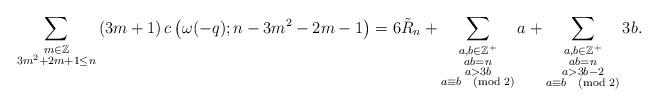
LaTeX: \begin{align*} \sum_{\substack{m\in \mathbb{Z}\\3m^2+2m+1\leq n}}&\left(3m+1\right) c\left(\omega(-q); n-3m^2-2m-1\right) =6\tilde{R}_n+\sum_{\substack{a,b\in\mathbb{Z}^+\\ab=n\\a>3b\\a\equiv b\pmod{2}}} a+\sum_{\substack{a,b\in\mathbb{Z}^+\\ab=n\\a>3b-2\\a\equiv b\pmod{2}}} 3b.\end{align*}